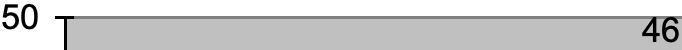
50                   46